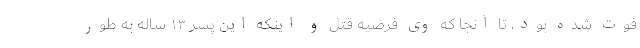
فوت شده بود، تا آنجا که وی فرضیه قتل و اینکه این پسر ۱۳ ساله به طور